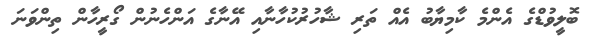
ބޮލީވުޑްގެ އެންމެ ކާމިޔާބު އެއް ތަރި ޝާހުރުކުހާނާއި އޭނާގެ އަންހެނުން ގޯރީހާން ތިންވަނަ